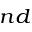
^ { n d }